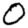
Digit: 0